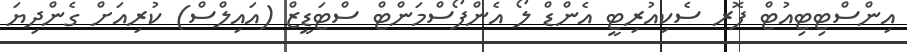
އިންސްޓިޓިއުޓް ފޮރ ސެކިއުރިޓީ އެންޑް ލޯ އެންފޯސްމަންޓް ސްޓަޑީޒް (އައިލްސް) ކުރިއަށް ގެންދިޔަ